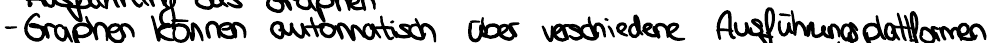
- Graphen können automatisch über verschiedene Ausführungsplattformen